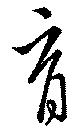
育